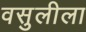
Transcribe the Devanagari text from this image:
वसुलीला